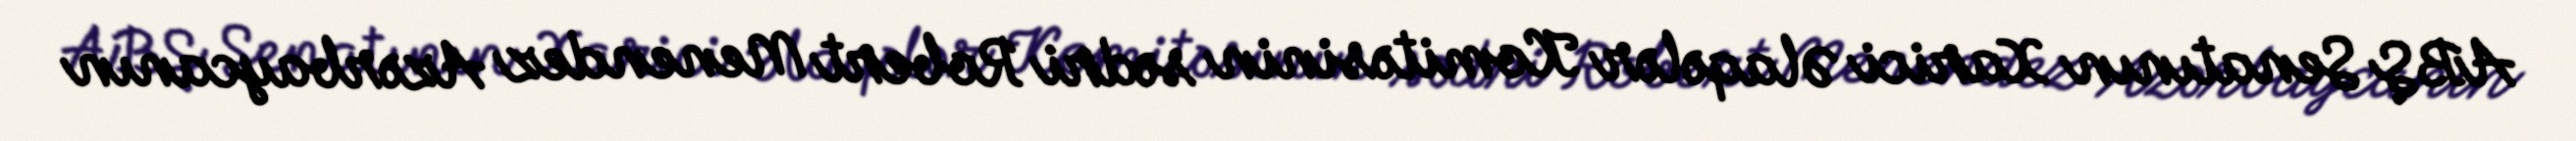
ABŞ Senatının Xarici Əlaqələr Komitəsinin sədri Robert Menendez Azərbaycanın